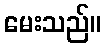
မေးသည်။